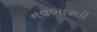
નવભારતી